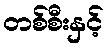
တစ်စီးနှင့်